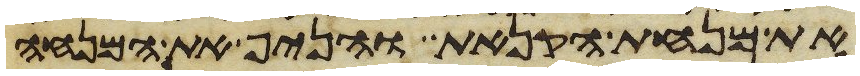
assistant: את מנחת הקנאת והניף את המנחה